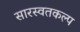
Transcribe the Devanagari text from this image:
सारस्वतकल्प